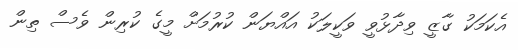
އެކަމަކު ގާޒީ ވިދާޅުވީ ވަކީލަކު އައްޔަން ކުރުމަށް މީގެ ކުރިން ވެސް ތިން